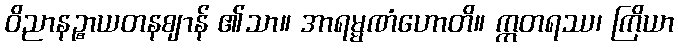
ဝိညာနဉ္စာယတနဈာန် ၏သာ။ အာရမ္မဏံဟောတိ။ ဣတရဿ၊ ကြိယာ